Code of medical and sanitary regulations for the guidance of medical officers serving in the Madras Presidency - Volume I
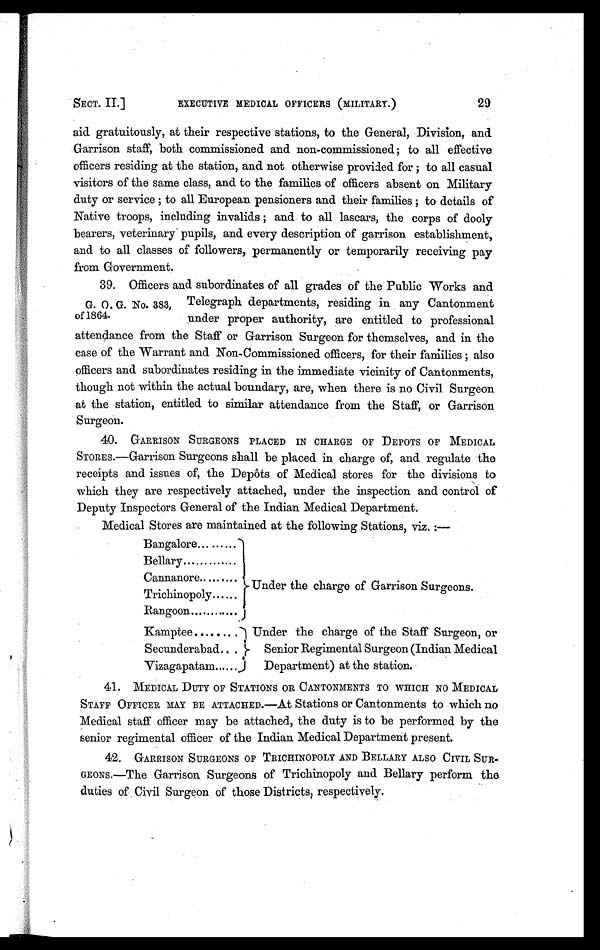
SECT. II]
EXECUTIVE MEDICAL OFFICERS (MILITARY.)
29
aid gratuitously, at their respective stations, to the General, Division, and
Garrison staff, both commissioned and non-commissioned; to all effective
officers residing at the station, and not otherwise provided for ; to all casual
visitors of the same class, and to the families of officers absent on Military
duty or service ; to all European pensioners and their families ; to details of
Native troops, including invalids ; and to all lascars, the corps of dooly
bearers, veterinary pupils, and every description of garrison establishment,
and to all classes of followers, permanently or temporarily receiving pay
from Government.
G. O. G. No. 383,
of 1864.
39. Officers and subordinates of all grades of the Public Works and
Telegraph departments, residing in any Cantonment
under proper authority, are entitled to professional
attendance from the Staff or Garrison Surgeon for themselves, and in the
case of the Warrant and Non-Commissioned officers, for their families ; also
officers and subordinates residing in the immediate vicinity of Cantonments,
though not within the actual boundary, are, when there is no Civil Surgeon
at the station, entitled to similar attendance from the Staff, or Garrison
Surgeon.
40. GARRISON SURGEONS PLACED IN CHARGE OF DEPOTS OF MEDICAL
S T O R E S . — G a r r i s o n S u r g e o n s s h a l l b e p l a c e d i n c h a r g e o f , a n d r e g u l a t e t h e
receipts and issues of, the Depôts of Medical stores for the divisions to
which they are respectively attached, under the inspection and control of
Deputy Inspectors General of the Indian Medical Department.
Medical Stores are maintained at the following Stations, viz. :—
Bangalore... ... ...
Under the charge of Garrison Surgeons.
Bellary... ... ... ...
Cannanore... ... ...
Trichinopoly... ...
Rangoon... ...
Kamptee... ... ... Under the charge of the Staff Surgeon, or
Senior Regimental Surgeon (Indian Medical
Department) at the station.
Secunderabad...
Vizagapatam... ...
41. MEDICAL DUTY OF STATIONS OR CANTONMENTS TO WHICH NO MEDICAL
STAFF OFFICER MAY BE ATTACHED.—At Stations or Cantonments to which no
Medical staff officer may be attached, the duty is to be performed by the
senior regimental officer of the Indian Medical Department present.
42. GARRISON SURGEONS OF TRICHINOPOLY AND BELLARY ALSO CIVIL SUR
-GEONS.—The Garrison Surgeons of Trichinopoly and Bellary perform the
duties of Civil Surgeon of those Districts respectively.